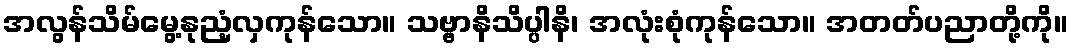
အလွန်သိမ်မွေ့နုညံ့လှကုန်သော။ သဗ္ဗာနိသိပ္ပါနိ၊ အလုံးစုံကုန်သော။ အတတ်ပညာတို့ကို။